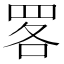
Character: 𦊲